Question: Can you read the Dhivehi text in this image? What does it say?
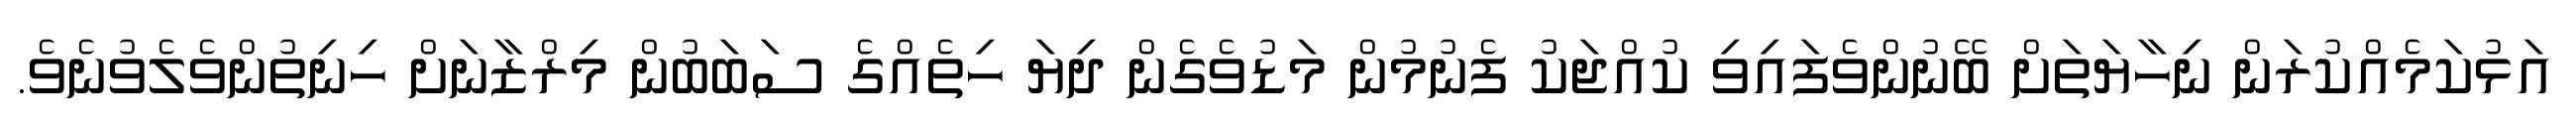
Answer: އަޅުކަމެއްކުރަން ނިހާޔަތަށް ބޭނުންވެފައިވި ކުއްޖަކު ފެނުމުން މަޑުވެގެން ދިޔަ ހިތެއްގެ ސަބަބުން މިރްޒާނަށް ހިނިތުންވެލެވުނެވެ.